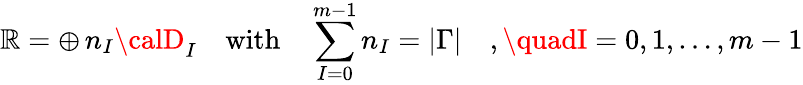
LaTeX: {\cal\mathbb{R}}=\oplus\, n_{I}{\calD}_{I}\quad\mathrm{{with}}\quad\sum_{I=0}^{m-1}n_{I}=|\Gamma|\quad,\quadI=0,1,\ldots,m-1